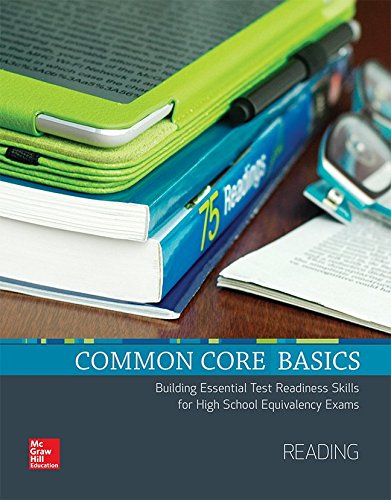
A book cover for Common Core Basics, Reading Core Subject Module (CCSS FOR ADULT ED); Contemporary; Education & Teaching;